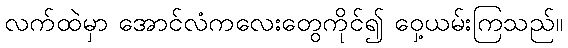
လက်ထဲမှာ အောင်လံကလေးတွေကိုင်၍ ဝှေ့ယမ်းကြသည်။